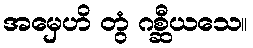
အမှေဟိ တွံ ဂစ္ဆီယသေ။